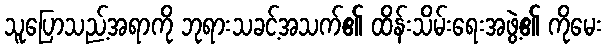
သူပြောသည့်အရာကို ဘုရားသခင့်အသက်၏ ထိန်းသိမ်းရေးအဖွဲ့၏ ကိုမေး